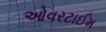
ઓવરટાઈમ